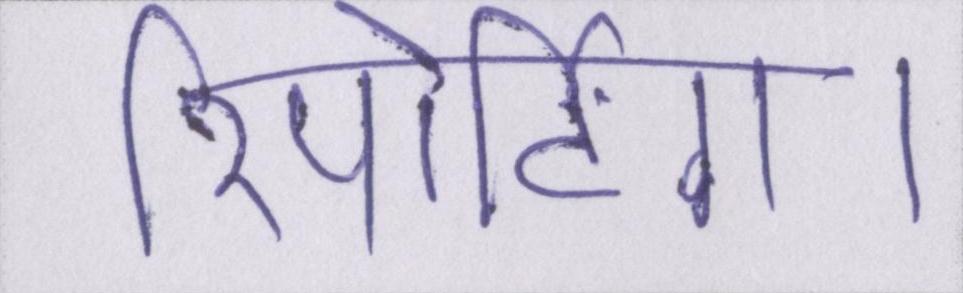
रिपोर्टिंग।